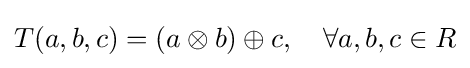
T(a,b,c)=(a\otimes b)\oplus c,\quad \forall a,b,c\in R